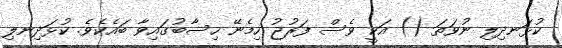
ކުޅަނދިލި ނުވަތަ () އަކީ ވެސް ފަރުޖު ހިމެނޭ ހިސާބުގައިވާ ބައެކެވެ. ކުޅަދިނލި